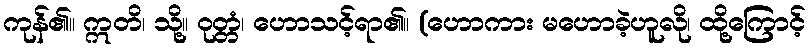
ကုန်၏။ ဣတိ၊ သို့။ ဝုတ္တံ၊ ဟောသင့်ရာ၏။ (ဟောကား မဟောခဲ့ဟူလို၊ ထို့ကြောင့်